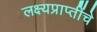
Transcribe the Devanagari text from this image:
लक्ष्यप्राप्तींचे